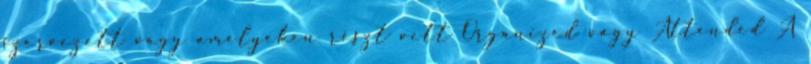
szervezett vagy amelyeken részt vett Organized vagy Attended A